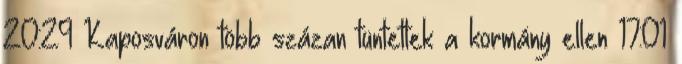
20:29 Kaposváron több százan tüntettek a kormány ellen 17:01